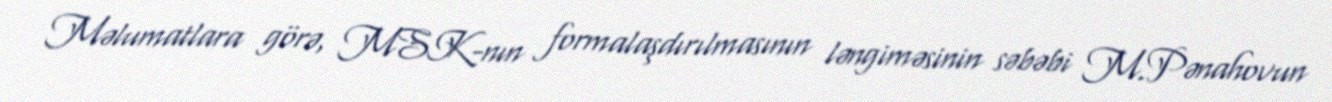
Məlumatlara görə, MSK-nın formalaşdırılmasının ləngiməsinin səbəbi M.Pənahovun